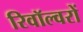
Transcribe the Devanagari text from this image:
रिवॉल्वरों